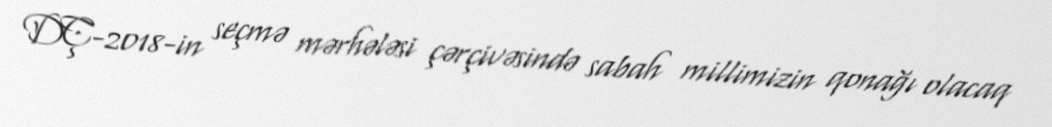
DÇ-2018-in seçmə mərhələsi çərçivəsində sabah millimizin qonağı olacaq